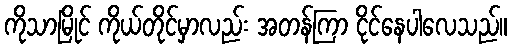
ကိုသာမြိုင် ကိုယ်တိုင်မှာလည်း အတန်ကြာ ငိုင်နေပါလေသည်။